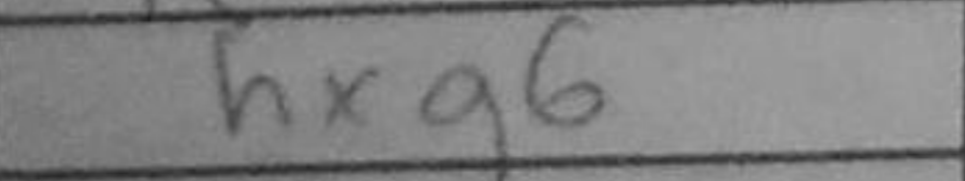
Transcription: hxg6